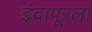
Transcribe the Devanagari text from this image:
इंदापूरला